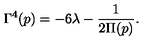
\Gamma ^ { 4 } ( p ) = - 6 \lambda - \frac { 1 } { 2 \Pi ( p ) } .